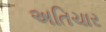
અતિચાર